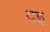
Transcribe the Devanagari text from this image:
दइ